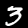
Label: 3